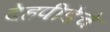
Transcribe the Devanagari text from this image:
देहपीडेचे